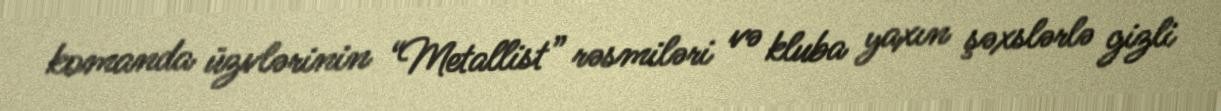
komanda üzvlərinin “Metallist” rəsmiləri və kluba yaxın şəxslərlə gizli